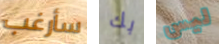
سأرغب بك ليس